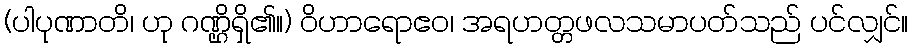
(ပါပုဏာတိ၊ ဟု ဂဏ္ဌိရှိ၏။) ဝိဟာရောဧဝ၊ အရဟတ္တဖလသမာပတ်သည် ပင်လျှင်။